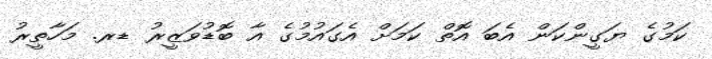
ކަމުގެ ޔަގީންކަން އެބަ އޮތް ކަމަށް އެގައުމުގެ އާ ބޮޑުވަޒީރު ޑރ. މަހާތީރު